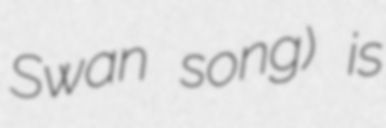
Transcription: Swan song) is